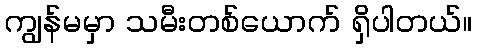
ကျွန်မမှာ သမီးတစ်ယောက် ရှိပါတယ်။